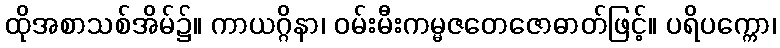
ထိုအစာသစ်အိမ်၌။ ကာယဂ္ဂိနာ၊ ဝမ်းမီးကမ္မဇတေဇောဓာတ်ဖြင့်။ ပရိပက္ကော၊